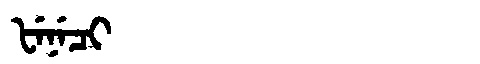
Manchu: ᡶᡝᠨᡝᠴᡳ
Romanization: FENECI